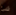
شئ